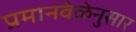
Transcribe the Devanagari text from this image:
प्रमानवेळेनुसार